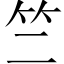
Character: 竺